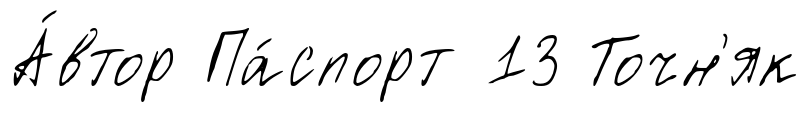
А́втор Па́спорт 13 Точн'як